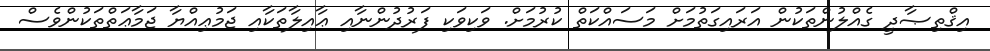
އިޤްތިޞާދީ ގެއްލުންތަކުން އަރައިގަތުމަށް މަސައްކަތް ކުރުމަށް. ވަކިވަކި ފަރުދުންނާއި ޢާއިލާތަކާއި ޖަމުޢިއްޔާ ޖަމާޢަތްތަކުންވެސް